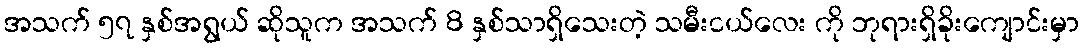
အသက် ၅၇ နှစ်အရွယ် ဆိုသူက အသက် 8 နှစ်သာရှိသေးတဲ့ သမီးငယ်လေး ကို ဘုရားရှိခိုးကျောင်းမှာ